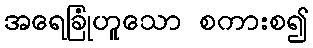
အရေခြုံဟူသော စကားစ၍